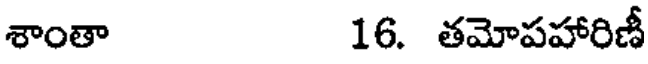
శాంతా 16. తమోపహారిణీ